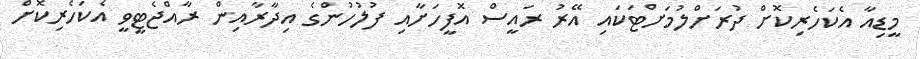
މީޑިއާ އެކަހެރިކޮށް ދުރަށްލުމަށްޓަކައި އޭރު ރައީސް އޮފީހަށާއި ފުލުހުންގެ އިދާރާއިން ރާއްޖެޓީވީ އެކަހެރިކޮށް